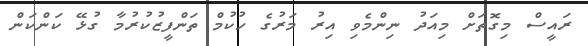
ރައީސް މިގޮތަށް މިއަދު ނިންމެވި އިރު މަރުގެ ހުކުމް ތަންފީޒުކުރުމާ ގުޅޭ ކަންކަން